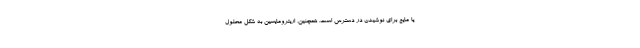
یا مایع برای نوشیدن در دسترس است. همچنین، اریترومایسین به شکل محلول